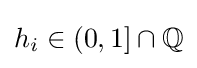
h_{i}\in (0,1]\cap \mathbb {Q}